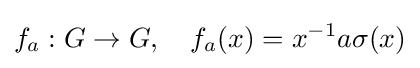
f_{a}:G\to G,\quad f_{a}(x)=x^{-1}a\sigma (x)